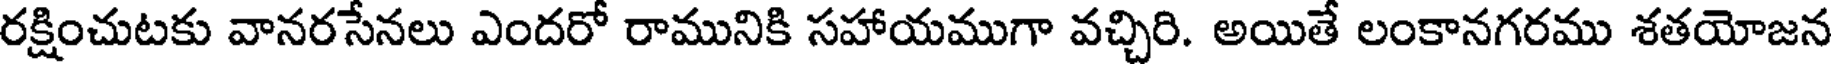
రక్షించుటకు వానరసేనలు ఎందరో రామునికి సహాయముగా వచ్చిరి. అయితే లంకానగరము శతయోజన